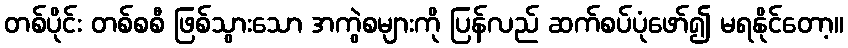
တစ်ပိုင်း တစ်စစီ ဖြစ်သွားသော အကွဲစများကို ပြန်လည် ဆက်စပ်ပုံဖော်၍ မရနိုင်တော့။